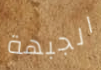
الجبهة